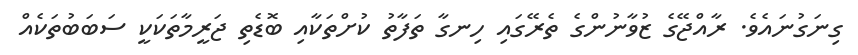
ގިނަގުނައެވެ. ރާއްޖޭގެ ޒުވާނުންގެ ތެރޭގައި ހިނގާ ތަފާތު ކުށްތަކާއި ބޮޑެތި ޖަރީމާތަކަކީ ސަބަބުތަކެއް